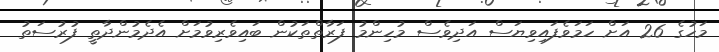
މަހުގެ 26 އަށް ހަމަވެފައިވިޔަސް އަދިވެސް މުހިންމު ފަރާތްތަކުން ބައިވެރިވުމަށް އެދެމުންދާތީ ފުރުސަތު